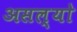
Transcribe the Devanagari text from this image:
असल्याे